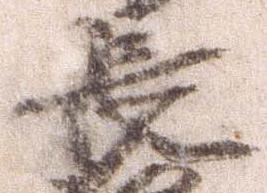
長